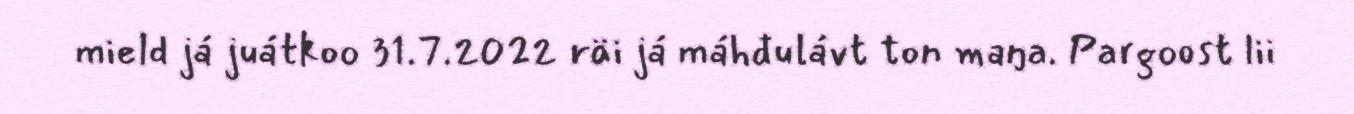
mield já juátkoo 31.7.2022 räi já máhđulávt ton maŋa. Pargoost lii